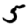
Digit: 5